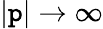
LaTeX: |\mathtt{p}|\to\infty